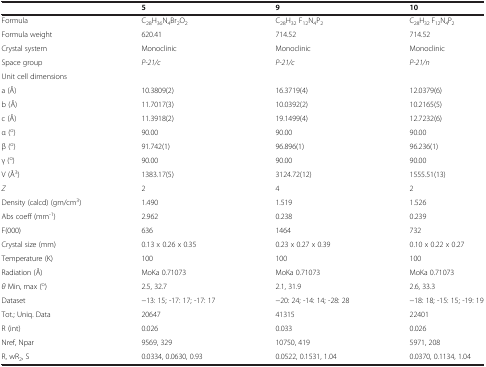
<table><thead><tr><td><b> </b></td><td><b>5</b></td><td><b>9</b></td><td><b>10</b></td></tr></thead><tbody><tr><td>Formula</td><td>C<sub>28</sub>H<sub>36</sub>N<sub>4</sub>Br<sub>2</sub>O<sub>2</sub></td><td>C<sub>28</sub>H<sub>32</sub> F<sub>12</sub>N<sub>4</sub>P<sub>2</sub></td><td>C<sub>28</sub>H<sub>32</sub> F<sub>12</sub>N<sub>4</sub>P<sub>2</sub></td></tr><tr><td>Formula weight</td><td>620.41</td><td>714.52</td><td>714.52</td></tr><tr><td>Crystal system</td><td>Monoclinic</td><td>Monoclinic</td><td>Monoclinic</td></tr><tr><td>Space group</td><td><i>P-21/c</i></td><td><i>P-21/c</i></td><td><i>P-21/n</i></td></tr><tr><td>Unit cell dimensions</td><td> </td><td> </td><td> </td></tr><tr><td>a (Å)</td><td>10.3809(2)</td><td>16.3719(4)</td><td>12.0379(6)</td></tr><tr><td>b (Å)</td><td>11.7017(3)</td><td>10.0392(2)</td><td>10.2165(5)</td></tr><tr><td>c (Å)</td><td>11.3918(2)</td><td>19.1499(4)</td><td>12.7232(6)</td></tr><tr><td>α (<sup>o</sup>)</td><td>90.00</td><td>90.00</td><td>90.00</td></tr><tr><td>β (<sup>o</sup>)</td><td>91.742(1)</td><td>96.896(1)</td><td>96.236(1)</td></tr><tr><td>γ (<sup>o</sup>)</td><td>90.00</td><td>90.00</td><td>90.00</td></tr><tr><td>V (Å<sup>3</sup>)</td><td>1383.17(5)</td><td>3124.72(12)</td><td>1555.51(13)</td></tr><tr><td><i>Z</i></td><td>2</td><td>4</td><td>2</td></tr><tr><td>Density (calcd) (gm/cm<sup>3</sup>)</td><td>1.490</td><td>1.519</td><td>1.526</td></tr><tr><td>Abs coeff (mm<sup>-1</sup>)</td><td>2.962</td><td>0.238</td><td>0.239</td></tr><tr><td>F(000)</td><td>636</td><td>1464</td><td>732</td></tr><tr><td>Crystal size (mm)</td><td>0.13 x 0.26 x 0.35</td><td>0.23 x 0.27 x 0.39</td><td>0.10 x 0.22 x 0.27</td></tr><tr><td>Temperature (K)</td><td>100</td><td>100</td><td>100</td></tr><tr><td>Radiation (Å)</td><td>MoKa 0.71073</td><td>MoKa 0.71073</td><td>MoKa 0.71073</td></tr><tr><td><i>θ</i> Min, max (<sup>o</sup>)</td><td>2.5, 32.7</td><td>2.1, 31.9</td><td>2.6, 33.3</td></tr><tr><td>Dataset</td><td>−13: 15; -17: 17; -17: 17</td><td>−20: 24; -14: 14; -28: 28</td><td>−18: 18; -15: 15; -19: 19</td></tr><tr><td>Tot.; Uniq. Data</td><td>20647</td><td>41315</td><td>22401</td></tr><tr><td>R (int)</td><td>0.026</td><td>0.033</td><td>0.026</td></tr><tr><td>Nref, Npar</td><td>9569, 329</td><td>10750, 419</td><td>5971, 208</td></tr><tr><td>R, wR<sub>2</sub>, S</td><td>0.0334, 0.0630, 0.93</td><td>0.0522, 0.1531, 1.04</td><td>0.0370, 0.1134, 1.04</td></tr></tbody></table>